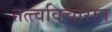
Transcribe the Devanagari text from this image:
तत्त्वविचारात